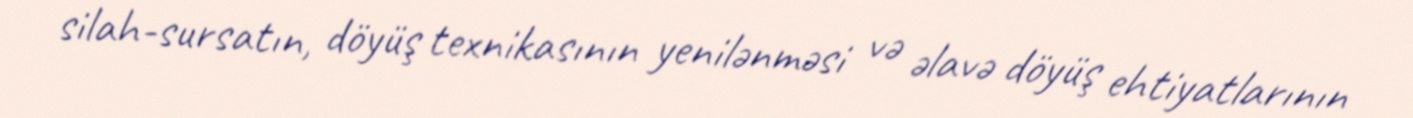
silah-sursatın, döyüş texnikasının yenilənməsi və əlavə döyüş ehtiyatlarının